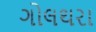
ગોલથરા